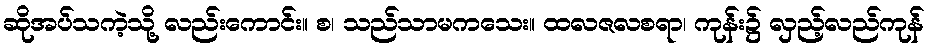
ဆိုအပ်သကဲ့သို့ လည်းကောင်း။ စ၊ သည်သာမကသေး။ ထလဇလစရာ၊ ကုန်း၌ လှည့်လည်ကုန်